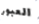
العبور